Annual statistical returns and brief notes on vaccination in Bengal - 1887-1898
Year: 1887
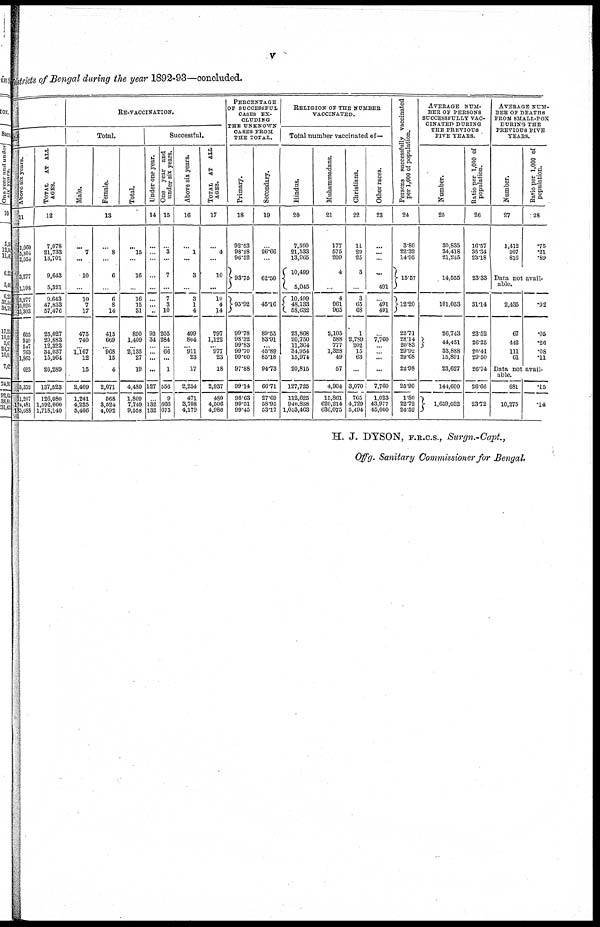
v
Districts of Bengal during the year 1892-93—concluded.
ful
Above six years.
11
1,060
5,804
2,054
3,277
1,108
3,277
10,026
13,303
605
949
547
763
1,865
623
5,332
11,207
174,481
183,688
TOTAL
AT ALL
AGES.
12
7,078
21,733
13,701
9,643
5,321
9,643
47,833
57,476
25,027
29,883
12,323
34,037
15,964
20,289
137,523
126,080
1,592,060
1,718,140
RE-VACCINATION.
Total.
Male.
Female.
Total.
13
...
7
...
10
...
10
7
17
475
740
... 1,167
12
15
2,409
1,241
4,225
5,466
...
8
...
0
...
6
8
14
415
669
... 968
15
4
2,071
568
3,524
4,092
...
15
...
16
...
16
15
31
890
1,409
... 2,135
27
19
4,480
1,800
7,749
9,558
Successful.
Under one year.
14
...
...
...
...
...
...
...
...
93
34
...
...
...
...
127
...
132
132
One year and
under six years.
15
...
3
...
7
...
7
3
10
205
284
... 66
...
1
556
9
666
675
Above six years.
16
...
1
...
3
...
3
1
4
499
804
... 911
23
17
2,254
471
3,708
4,179
TOTAL AT ALL
AGES.
17
...
4
...
10
...
10
4
14
797
1,122
... 977
23
18
2,937
480
4,506
4,986
PERCENTAGE
OF SUCCESSFUL
CASES EX-
CLUDING
THE UNKNOWN
CASES FROM
THE TOTAL.
Primary.
18
92.53
98.28
96.52
93.75
95.92
99.78
98.32
99.83
99.70
99.60
97.88
99.14
98.63
99.51
99.45
Secondary.
19
...
26.66
...
62.50
45.16
89.55
83.91
...
45.89
85.18
94.73
66.71
27.69
58.95
53.17
RELIGION OF THE NUMBER
VACCINATED.
Total number vaccinated of—
Hindus.
20
7,590
21,533
13,965
10,489
5,045
10,409
48,133
58,632
23,868
20,750
11,364
34,954
15,974
20,815
127,725
112,625
940,838
1,053,463
Muhammadans.
21
177
575
209
4
...
4
961
965
2,105
588
777
1,328
49
57
4,904
15,861
620,214
636,075
Christians.
22
11
29
25
3
...
3
65
68
1
2,789
202
15
63
...
3,070
765
4,729
5,494
Other races.
23
...
...
...
...
491
...
491
491
...
7,760
...
... ...
...
7,760
1,023
43,977
45,000
Persons successfully vaccinated
per 1,000 of population.
24
3.80
22.32
14.95
15.57
12.20
22.71
28.14
20.83
29.92
29.68
22.98
25.90
1.80
22.72
24.52
AVERAGE NUM-
BER OF PERSONS
SUCCESSFULLY VAC-
CINATED DURING
THE PREVIOUS
FIVE YEARS.
Number.
25
30,835
34,418
21,245
14,555
101,053
26,743
44,451
33,888
15,891
23,627
141,600
1,659,032
Ratio per 1,000 of
population.
26
16.57
35.34
23.18
23.33
31.14
23.52
26.25
20.41
29.50
26.74
26.66
23.72
AVERAGE NUM-
BER OF DEATHS
FROM SMALL-FOX
DURING THE
PREVIOUS FIVE
YEARS.
Number.
27
1,412
207
816
Ratio per 1,000 of
population.
28
.75
.21
.89
Data not avail-
able.
2,435
67
442
111
61
.92
.05
.26
.08
.11
Data not avail-
able.
681
10,275
.15
.14
H. J. DYSON, F.R.C.S., Surgn.-Capt.,
Offg. Sanitary Commissioner for Bengal.